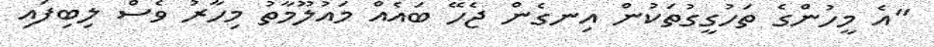
"އެ މީހުންގެ ތަހުގީގުތަކުން އިނގެން ޖެހޭ ބައެއް މައުލޫމާތު މިހާރު ވެސް ލިބިފައި